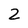
Character: 2